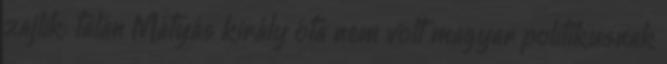
zajlik: talán Mátyás király óta nem volt magyar politikusnak